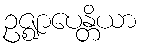
ဥဇ္ဈာပေန္တိယာ